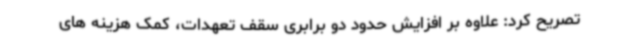
تصریح کرد: علاوه بر افزایش حدود دو برابری سقف تعهدات، کمک هزینه های